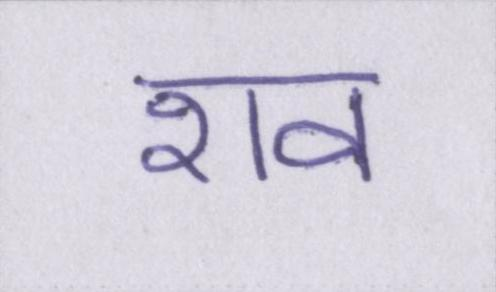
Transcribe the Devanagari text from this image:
शव